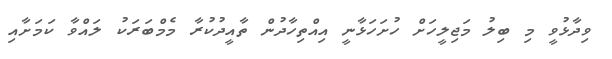
ވިދާޅުވީ މި ބިލު މަޖިލީހަށް ހުށަހަޅާނީ އިއްތިހާދުން ތާއީދުކުރާ މެމްބަރަކު ލައްވާ ކަމަށާއި